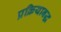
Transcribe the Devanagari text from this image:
प्रक्रियाबद्ध